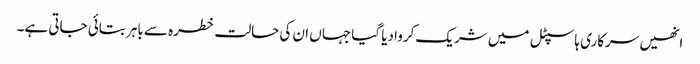
انھیں سرکاری ہاسپٹل میں شریک کروادیا گیا جہاں ان کی حالت خطرہ سے باہر بتائی جاتی ہے۔